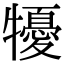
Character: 𤛾